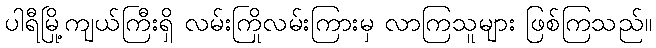
ပါရီမြို့ကျယ်ကြီးရှိ လမ်းကြိုလမ်းကြားမှ လာကြသူများ ဖြစ်ကြသည်။